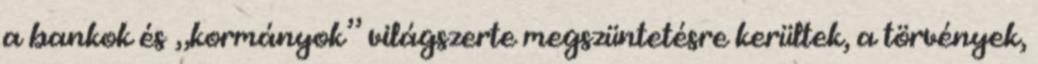
a bankok és „kormányok” világszerte megszüntetésre kerültek, a törvények,